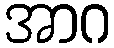
အာဂ